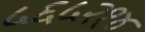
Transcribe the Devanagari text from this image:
५६५२१४